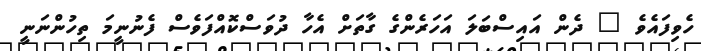
ހެވިފައެވެ " ދެން އައިސްބަލަ އަހަރެންގެ ގާތަށް އެހާ ދުވަސްކޮއްފަވެސް ފެނުނީމަ ތިހުންނަނީ